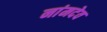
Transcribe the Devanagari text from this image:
नांमदेव